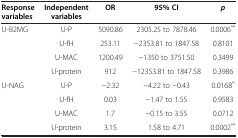
<table><thead><tr><td><b>Response variables</b></td><td><b>Independent variables</b></td><td><b>OR</b></td><td><b>95% CI</b></td><td><b><i>p</i></b></td></tr></thead><tbody><tr><td>U-B2MG</td><td>U-P</td><td>5090.86</td><td>2305.25 to 7878.46</td><td>0.0006<sup>**</sup></td></tr><tr><td> </td><td>U-fH</td><td>253.11</td><td>−2353.81 to 1847.58</td><td>0.8101</td></tr><tr><td> </td><td>U-MAC</td><td>1200.49</td><td>−1350 to 3751.50</td><td>0.3499</td></tr><tr><td> </td><td>U-protein</td><td>912</td><td>−12353.81 to 1847.58</td><td>0.3986</td></tr><tr><td>U-NAG</td><td>U-P</td><td>−2.32</td><td>−4.22 to −0.43</td><td>0.0168<sup>*</sup></td></tr><tr><td> </td><td>U-fH</td><td>0.03</td><td>−1.47 to 1.55</td><td>0.9583</td></tr><tr><td> </td><td>U-MAC</td><td>1.7</td><td>−0.15 to 3.55</td><td>0.0712</td></tr><tr><td> </td><td>U-protein</td><td>3.15</td><td>1.58 to 4.71</td><td>0.0002<sup>**</sup></td></tr></tbody></table>